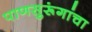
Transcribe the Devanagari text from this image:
पाणसुरूंगांचा